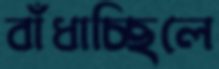
বাঁধাচ্ছিলে